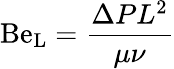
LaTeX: \mathrm{Be_{L}}={\frac{\Delta PL^{2}}{\mu\nu}}